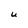
Character: U